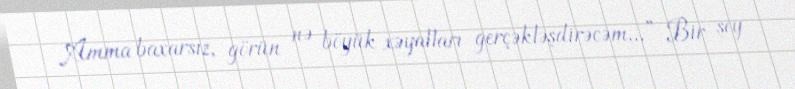
Amma baxarsız, görün nə böyük xəyalları gerçəkləşdirəcəm...” Bir şey